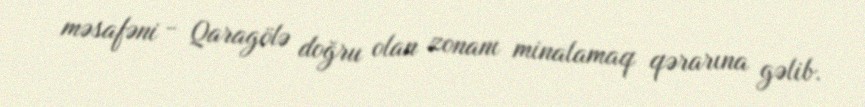
məsafəni - Qaragölə doğru olan zonanı minalamaq qərarına gəlib.